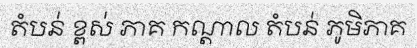
តំបន់ ខ្ពស់ ភាគ កណ្តាល តំបន់ ភូមិភាគ